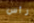
رأس